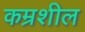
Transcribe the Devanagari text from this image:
कम्रशील